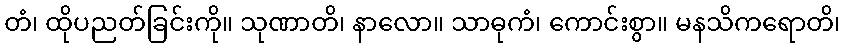
တံ၊ ထိုပညတ်ခြင်းကို။ သုဏာတိ၊ နာလော။ သာဓုကံ၊ ကောင်းစွာ။ မနသိကရောတိ၊